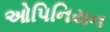
ઓપિનિયન